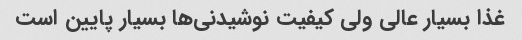
غذا بسیار عالی ولی کیفیت نوشیدنی‌ها بسیار پایین است